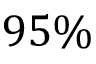
9 5 \%